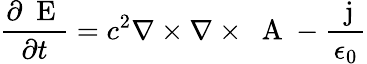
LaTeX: \frac{\partial\mathrm{~\mathbf~E~}}{\partial t}=c^{2}\nabla\times\nabla\times\mathrm{~\mathbf~A~}-\frac{\mathrm{~\mathbf~j~}}{\epsilon_{0}}